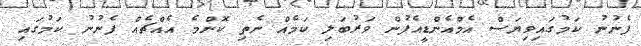
ފެނުނު ކަމުގައިވިޔަސް އެމްއެންޑީއެފުން ވަރުބަލި ކަމެއް ނެތި ކޮންމެ އެއްޗެއް ފެނުނު ކަމުގައި